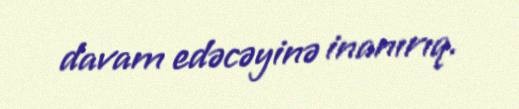
davam edəcəyinə inanırıq.